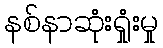
နစ်နာဆုံးရှုံးမှု